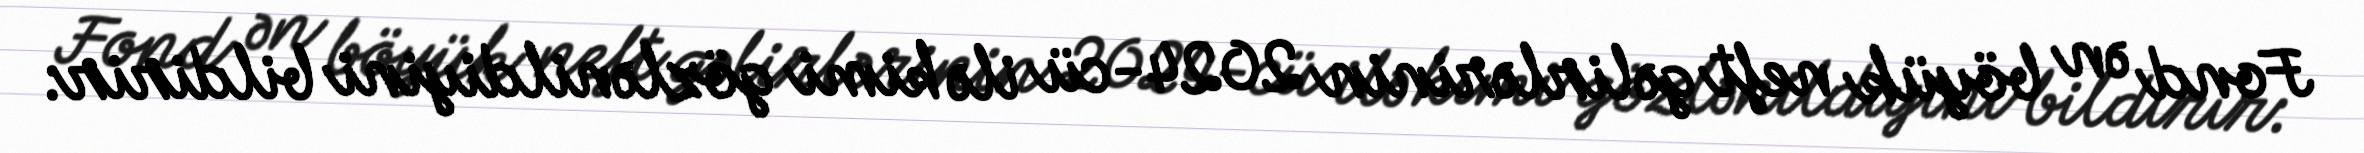
Fond ən böyük neft gəlirlərinin 2024-cü ilə kimi gözlənildiyini bildirir: